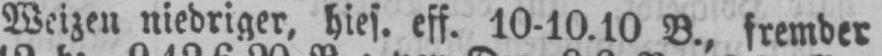
eff. 10-10.10 B., fremder